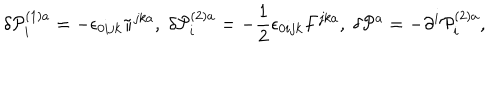
\delta { \cal P } _ { i } ^ { \left( 1 \right) a } = - \epsilon _ { 0 i j k } \pi ^ { j k a } , \; \delta { \cal P } _ { i } ^ { \left( 2 \right) a } = - \frac { 1 } { 2 } \epsilon _ { 0 i j k } F ^ { j k a } , \; \delta { \cal P } ^ { a } = - \partial ^ { i } { \cal P } _ { i } ^ { \left( 2 \right) a } ,